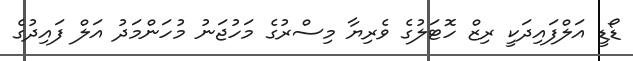
ޑޯޑީ އަލްފައިދަކީ ރިޒް ހޮޓަލުގެ ވެރިޔާ މިސްރުގެ މަހުޖަނު މުހަންމަދު އަލް ފައިދުގެ